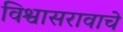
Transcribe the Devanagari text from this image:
विश्वासरावाचे